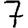
Digit: 7